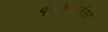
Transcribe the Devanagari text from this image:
१९९१नंतर